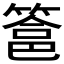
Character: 𮅵